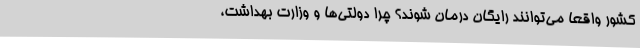
کشور واقعاً می‌توانند رایگان درمان شوند؟ چرا دولتی‌ها و وزارت بهداشت،